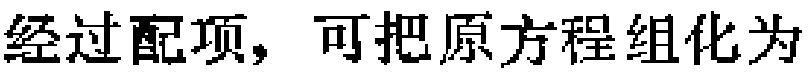
经过配项，可把原方程组化为